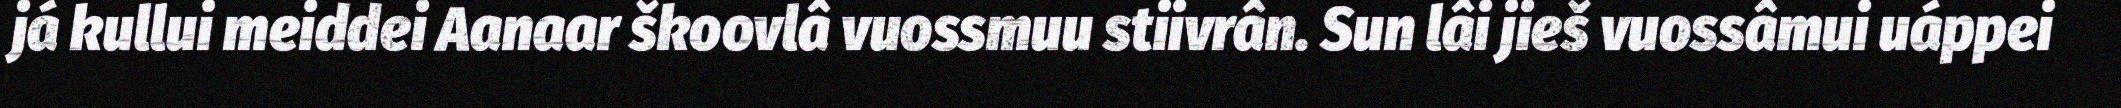
já kullui meiddei Aanaar škoovlâ vuossmuu stiivrân. Sun lâi jieš vuossâmui uáppei